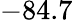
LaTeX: -84.7